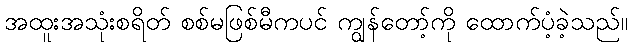
အထူးအသုံးစရိတ် စစ်မဖြစ်မီကပင် ကျွန်တော့်ကို ထောက်ပံ့ခဲ့သည်။